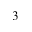
3